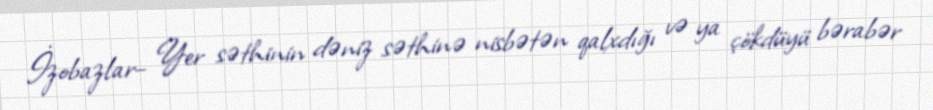
İzobazlar– Yer səthinin dəniz səthinə nisbətən qalxdığı və ya çökdüyü bərabər